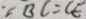
\because B C = C E